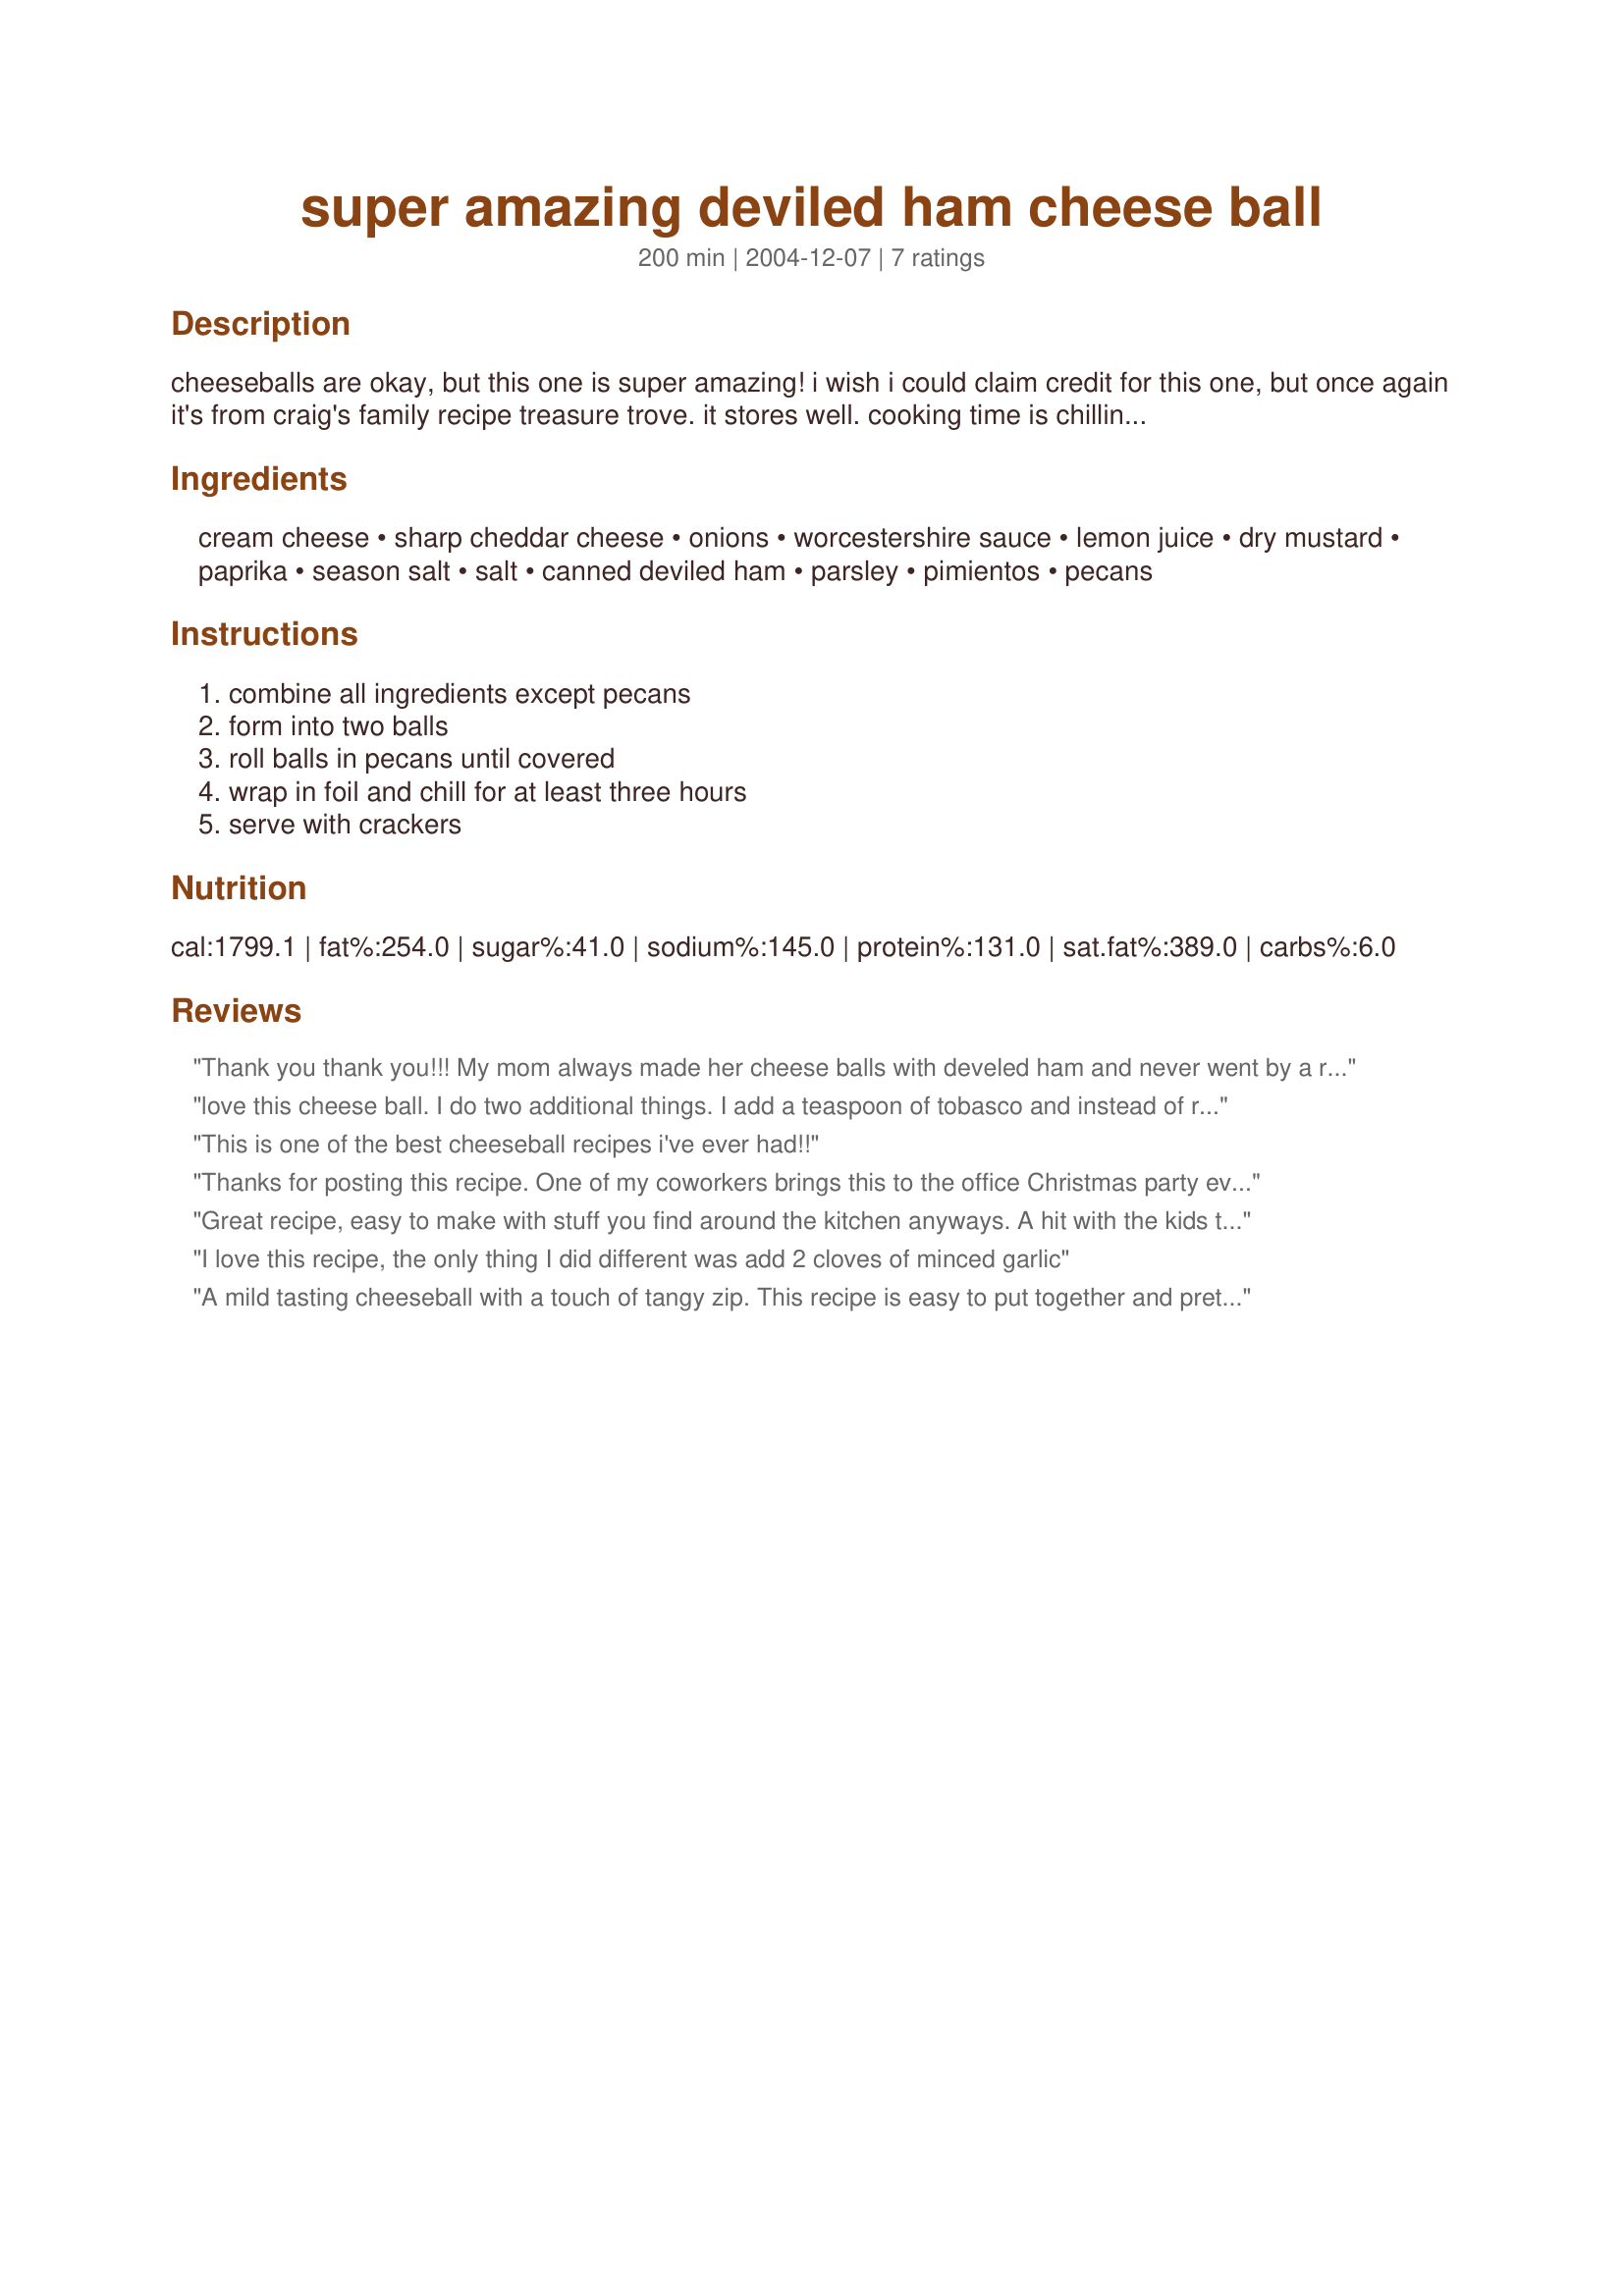
super amazing deviled ham cheese ball
Preparation time: 200 minutes

cheeseballs are okay, but this one is super amazing! i wish i could claim credit for this one, but once again it's from craig's family recipe treasure trove. it stores well. cooking time is chilling time. caution: this is very addicting. i am not responsible for any pounds gained from eating this.

Ingredients:
cream cheese, sharp cheddar cheese, onions, worcestershire sauce, lemon juice, dry mustard, paprika, season salt, salt, canned deviled ham, parsley, pimientos, pecans

Steps:
combine all ingredients except pecans, form into two balls, roll balls in pecans until covered, wrap in foil and chill for at least three hours, serve with crackers

Reviews:
Thank you thank you!!! My mom always made her cheese balls with develed ham and never went by a recipe, I always watched her cook so know pretty much how to do everything like she use to. However I never learned how to make her cheese ball and this is it!! Thank you for helping me bring my dear mama's cheese ball back to our family.
love this cheese ball. I do two additional things. I add a teaspoon of tobasco and instead of rolling it in pecans, I roll it in bacon bits.
This is one of the best cheeseball recipes i've ever had!!
Thanks for posting this recipe. One of my coworkers brings this to the office Christmas party every year and it gets rave reviews every time. It&#039;s like pulling a chicken&#039;s teeth trying to get the recipe out of her, so thank you, thank you, thank you for allowing us to stop begging!. This is my all-time favorite cheeseball recipe.
Great recipe, easy to make with stuff you find around the kitchen anyways. A hit with the kids too! Keep'm coming!
I love this recipe, the only thing I did different was add 2 cloves of minced garlic
A mild tasting cheeseball with a touch of tangy zip. This recipe is easy to put together and pretty when formed into a ball. Next time I will add more shredded cheddar cheese and serve with vege's too.
